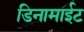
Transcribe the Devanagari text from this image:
डिनामाईट